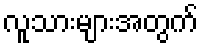
လူသားများအတွက်